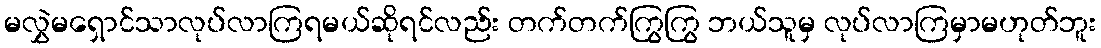
မလွှဲမရှောင်သာလုပ်လာကြရမယ်ဆိုရင်လည်း တက်တက်ကြွကြွ ဘယ်သူမှ လုပ်လာကြမှာမဟုတ်ဘူး